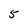
Character: 5